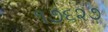
૧૭૬૨૭